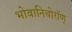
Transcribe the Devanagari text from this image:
भोबानिचोरॉण्